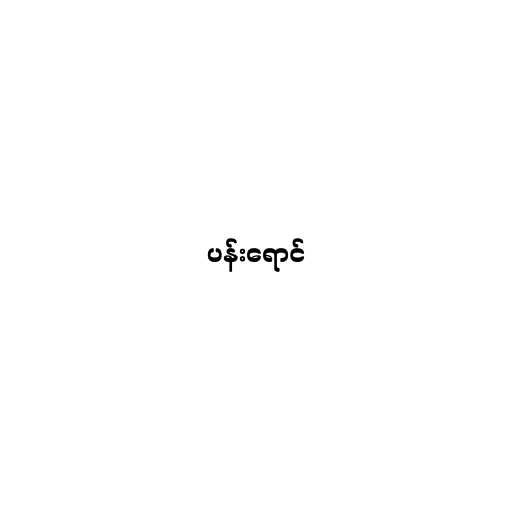
ပန်းရောင်